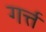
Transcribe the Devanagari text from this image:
गर्त्त